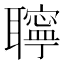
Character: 聹